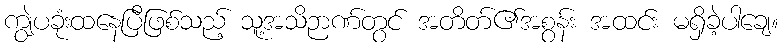
ကျွဲပခုံးထနေပြီဖြစ်သည့် သူ့အသိဉာဏ်တွင် အတိတ်၏အစွန်း အထင်း မရှိခဲ့ပါချေ။